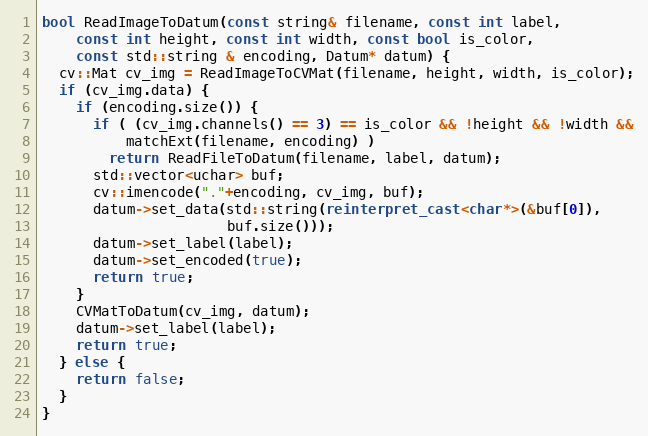
Language: C++
bool ReadImageToDatum(const string& filename, const int label,
    const int height, const int width, const bool is_color,
    const std::string & encoding, Datum* datum) {
  cv::Mat cv_img = ReadImageToCVMat(filename, height, width, is_color);
  if (cv_img.data) {
    if (encoding.size()) {
      if ( (cv_img.channels() == 3) == is_color && !height && !width &&
          matchExt(filename, encoding) )
        return ReadFileToDatum(filename, label, datum);
      std::vector<uchar> buf;
      cv::imencode("."+encoding, cv_img, buf);
      datum->set_data(std::string(reinterpret_cast<char*>(&buf[0]),
                      buf.size()));
      datum->set_label(label);
      datum->set_encoded(true);
      return true;
    }
    CVMatToDatum(cv_img, datum);
    datum->set_label(label);
    return true;
  } else {
    return false;
  }
}